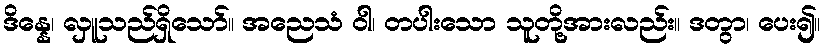
ဒိန္နေ၊ လှူသည်ရှိသော်။ အညေသံ ဝါ၊ တပါးသော သူတို့အားလည်း။ ဒတွာ၊ ပေး၍။